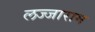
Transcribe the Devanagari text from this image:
लज्जाराम